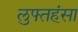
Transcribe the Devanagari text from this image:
लुफ्तहंसा